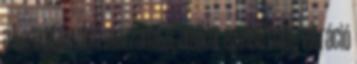
a teremtés első mozzanata, amikor az első hang vibráció